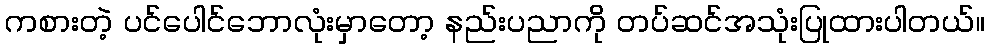
ကစားတဲ့ ပင်ပေါင်ဘောလုံးမှာတော့ နည်းပညာကို တပ်ဆင်အသုံးပြုထားပါတယ်။